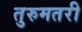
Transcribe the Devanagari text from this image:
तुरुमतरी